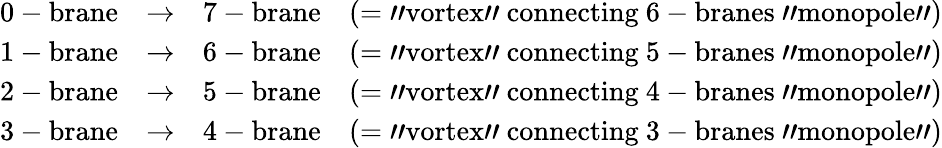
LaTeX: \begin{array}{cccc}{{\mathrm{0-brane}}}&{{\rightarrow}}&{{\mathrm{7-brane}}}&{{(=\mathrm{"vortex"~connecting~6-branes~"monopole"})}}\\ {{\mathrm{1-brane}}}&{{\rightarrow}}&{{\mathrm{6-brane}}}&{{(=\mathrm{"vortex"~connecting~5-branes~"monopole"})}}\\ {{\mathrm{2-brane}}}&{{\rightarrow}}&{{\mathrm{5-brane}}}&{{(=\mathrm{"vortex"~connecting~4-branes~"monopole"})}}\\ {{\mathrm{3-brane}}}&{{\rightarrow}}&{{\mathrm{4-brane}}}&{{(=\mathrm{"vortex"~connecting~3-branes~"monopole"})}}\end{array}